Civil Veterinary Dept. North-West Frontier Province 1901-22 - 1901-1922
Year: 1901
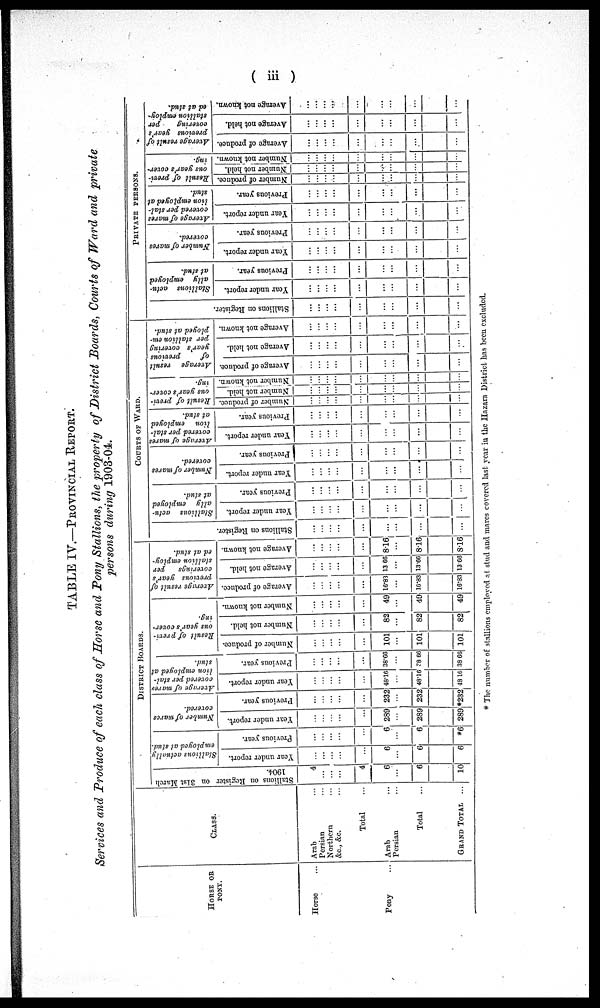
(iii)
TABLE IV.—PROVINCIAL REPORT.
Services and Produce of each class of Horse and Pony Stallions, the property of District Boards, Courts of Ward and private
persons during 1903-04.
HORSE
OR
PONY.
Horse ...
Pony ...
CLASS.
Arab
Persian ...
Northern
&c., &c. ...
Total ...
Arab ...
Persian ...
Total ...
GRAND
TOTAL
...
DISTRICT
BOARDS.
Stallions on Register on 31st March
1904.
4
...
...
...
4
6
...
6
10
Stallions actually
employed at stud.
Year under report.
...
...
...
...
...
6
...
6
6
Previous year.
...
...
...
...
...
6
...
6
*6
Number of marcs
covered.
Year under report.
...
...
...
...
...
239
...
239
289
Previous year.
...
...
...
...
...
232
...
232
*232
Average of mares
covered per stal-
lion employed at
stud.
Year under report.
...
...
...
...
...
48.16
...
48.16
48.16
Previous year.
...
...
...
...
...
38.66
...
38 66
38.66
Result of previ-
ous year's cover-
ing.
Number of produce.
...
...
...
...
...
101
...
101
101
Number not held.
...
...
...
...
...
82
...
82
82
Number not known.
...
...
...
...
...
49
...
49
49
Average result of
previous year's
coverings
per
stallion employ-
ed at stud.
Average of produce.
...
...
...
...
...
16.83
...
16.83
16.83
Average not held.
...
...
...
...
...
13.66
...
13.66
13.66
Average not known.
...
...
...
...
...
8.16
...
8.16
8.16
COURTS OF WARD
Stallions on Register.
...
...
...
...
...
...
...
...
...
Stallions actu-
ally
employed
at stud.
Year under report.
...
...
...
...
...
...
...
...
...
Previous year.
...
...
...
...
...
...
...
...
...
Number of mares
covered.
Year under report.
...
...
...
...
...
...
...
...
...
Previous year.
...
...
...
...
...
...
...
...
...
Average of mares
covered per stal-
lion employed
at stud.
Year under report.
...
...
...
...
...
...
...
...
...
Previous year.
...
...
...
...
...
...
...
...
...
Result of previ-
ous year's cover-
ing.
Number of produce.
...
...
...
...
...
...
...
...
...
Number not held.
...
...
...
...
...
...
...
...
...
Number not known.
...
...
...
...
...
...
...
...
...
Average result
of
previous
year's covering
per stallion em-
ployed at stud.
Average of produce.
...
...
...
...
...
...
...
...
...
Average not held.
...
...
...
...
...
...
...
...
...
Average not known.
...
...
...
...
...
...
...
...
...
PRIVATE
PERSONS.
Stallions on Register.
...
...
...
...
...
...
...
...
...
Stallions actu-
ally
employed
at stud.
Year under report.
...
...
...
...
...
...
...
...
...
Previous year.
...
...
...
...
...
...
...
...
...
Number of mares
covered.
Year under report.
...
...
...
...
...
...
...
...
...
Previous year.
...
...
...
...
...
...
...
...
...
Average of mares
covered per stal-
lion employed at
stud.
Year under report.
...
...
...
...
...
...
...
...
...
Previous year.
...
...
...
...
...
...
...
...
...
Result of previ-
ous year's cover-
ing.
Number of produce.
...
...
...
...
...
...
...
...
...
Number not held.
...
...
...
...
...
...
...
...
...
Number not known.
...
...
...
...
...
...
...
...
...
Average result of
previous year's
covering
per
stallion employ-
ed at stud.
Average of produce.
...
...
...
...
...
...
...
...
...
Average not held.
...
...
...
...
...
...
...
...
...
Average not known.
...
...
...
...
...
...
...
...
...
* The number of stallions employed at stud and marcs covered last year in the Hazara District has been excluded.